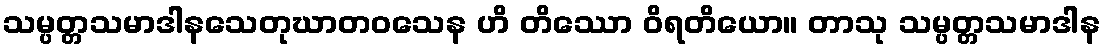
သမ္ပတ္တသမာဒါနသေတုဃာတဝသေန ဟိ တိဿော ဝိရတိယော။ တာသု သမ္ပတ္တသမာဒါန